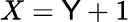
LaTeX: X=\mathsf{Y}+1